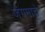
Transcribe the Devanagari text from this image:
जंगमाचे